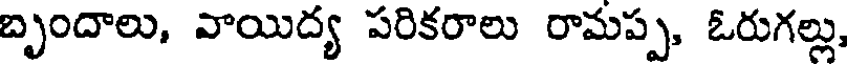
బృందాలు, వాయిద్య పరికరాలు రామప్ప, ఓరుగల్లు,